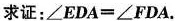
求证：∠EDA=∠FDA。